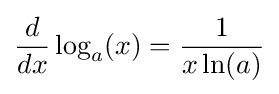
{\frac {d}{dx}}\log _{a}(x)={\frac {1}{x\ln(a)}}